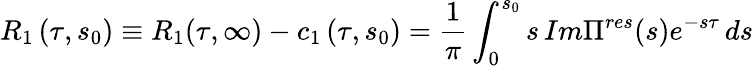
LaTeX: {R}_{1}\left(\tau,s_{0}\right)\equiv{R}_{1}(\tau,\infty)-c_{1}\left(\tau,s_{0}\right)=\frac{1}{\pi}\int_{0}^{s_{0}}s\, Im\Pi^{res}(s)e^{-s\tau}\, ds